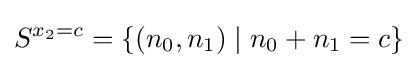
S^{x_{2}=c}=\{(n_{0},n_{1})\mid n_{0}+n_{1}=c\}